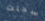
سجلت